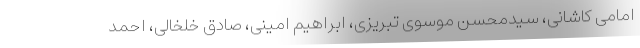
امامی کاشانی، سیدمحسن موسوی تبریزی، ابراهیم امینی، صادق خلخالی، احمد